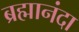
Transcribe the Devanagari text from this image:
ब्रह्मानंदा